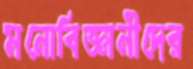
মনোবিজ্ঞানীদের